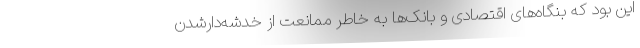
این بود که بنگاه‌های اقتصادی و بانک‌ها به خاطرِ ممانعت از خدشه‌دارشدن